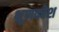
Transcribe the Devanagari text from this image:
भ्रूणकोश